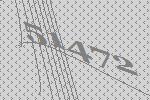
51472